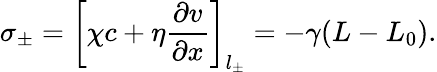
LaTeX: \sigma_{\pm}=\left[\chi c+\eta\frac{\partial v}{\partial x}\right]_{l_{\pm}}=-\gamma(L-L_{0}).